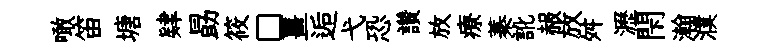
噉笛塘肄勗筱□薑逅弋恐讚放療蓁訛赧放舛瀝閇瀚濮